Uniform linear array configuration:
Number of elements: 48
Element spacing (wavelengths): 0.5
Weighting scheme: binomial
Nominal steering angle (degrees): -45
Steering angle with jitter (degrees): -43.963
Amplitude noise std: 0.05
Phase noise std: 0.05

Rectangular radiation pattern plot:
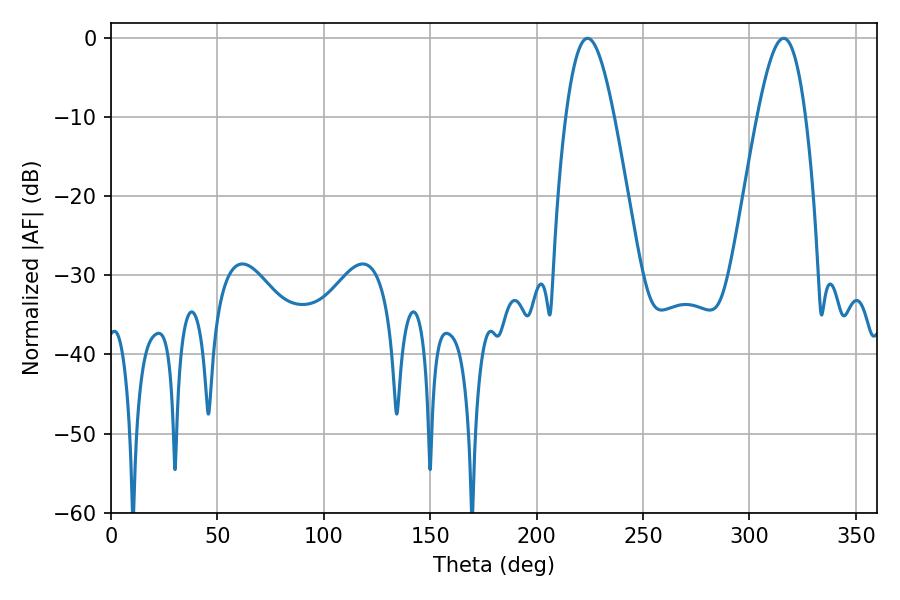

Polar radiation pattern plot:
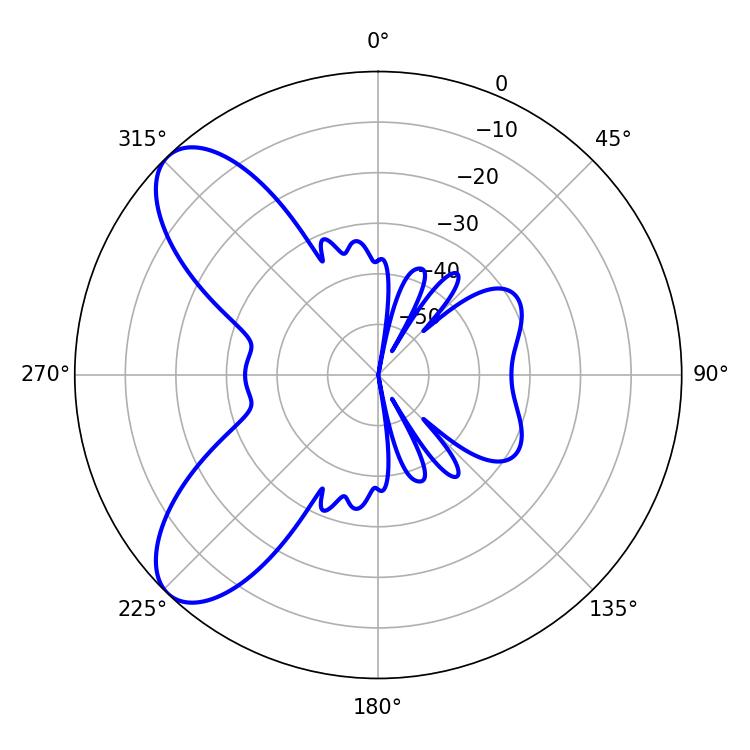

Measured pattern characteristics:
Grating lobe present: FALSE
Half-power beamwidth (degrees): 12.24
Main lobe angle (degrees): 223.92